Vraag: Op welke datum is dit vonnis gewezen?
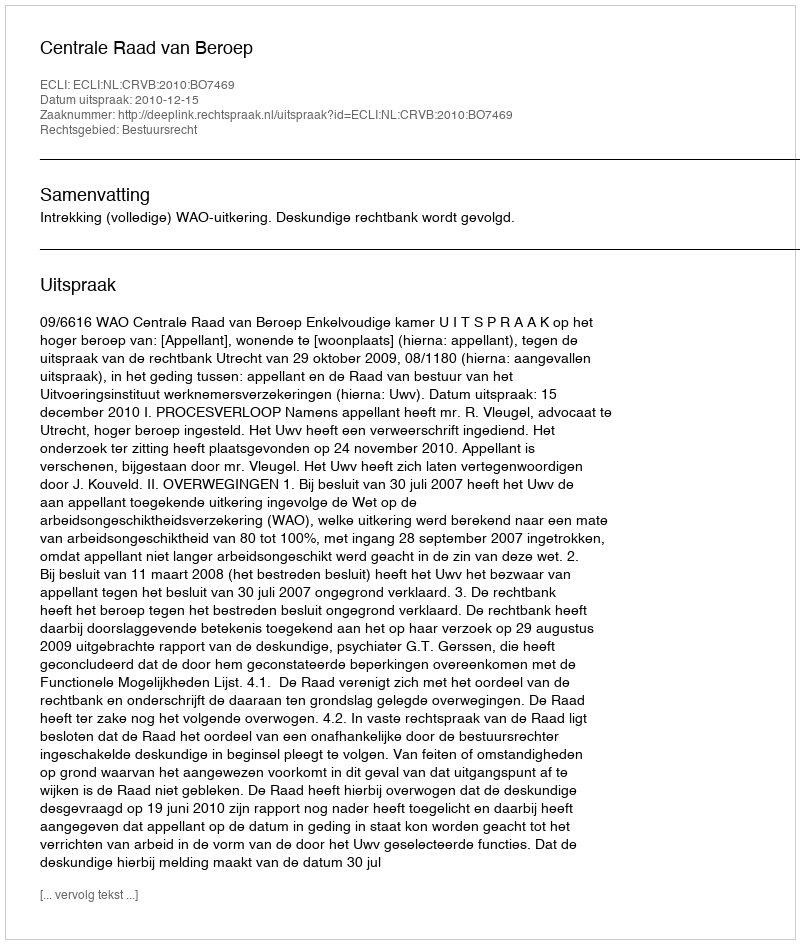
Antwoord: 2010-12-15